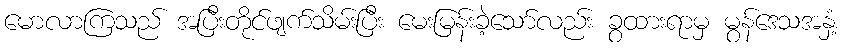
မောလာကြသည် အပြီးတိုင်ဖျက်သိမ်းပြီး မေးမြန်းခဲ့သော်လည်း ခွထားရာမှ မွန်ဒေသအနှံ့